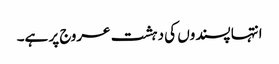
انتہا پسندوں کی دہشت عروج پر ہے۔